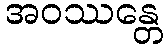
အဝဿန္တေ